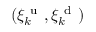
( \xi _ { k } ^ { \mathrm { ~ u ~ } } , \xi _ { k } ^ { \mathrm { ~ d ~ } } )